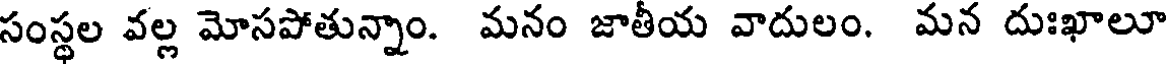
సంస్థల వల్ల మోసపోతున్నాం. మనం జాతీయ వాదులం. మన దుఃఖాలూ